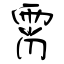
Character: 霄